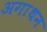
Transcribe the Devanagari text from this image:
अगाथन